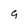
Character: 9